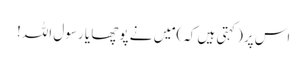
اس پر(کہتی ہیں کہ)مَیں نے پوچھا یا رسول اللہ!